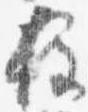
柱